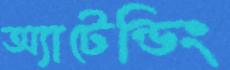
অ্যাটেন্ডিং